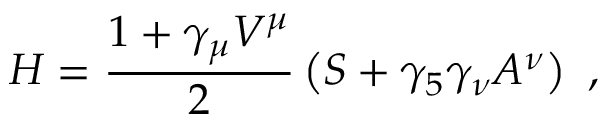
{ \cal { H } } = \frac { 1 + \gamma _ { \mu } V ^ { \mu } } { 2 } \left( S + \gamma _ { 5 } \gamma _ { \nu } A ^ { \nu } \right) \ ,